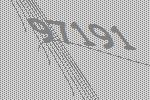
97191